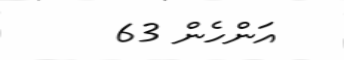
އަންހެން 63